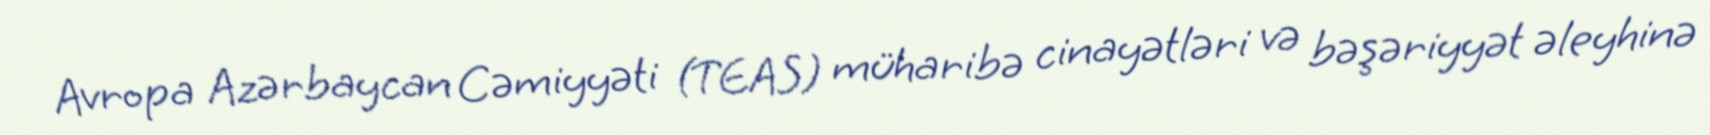
Avropa Azərbaycan Cəmiyyəti (TEAS) müharibə cinayətləri və bəşəriyyət əleyhinə